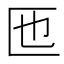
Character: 匜